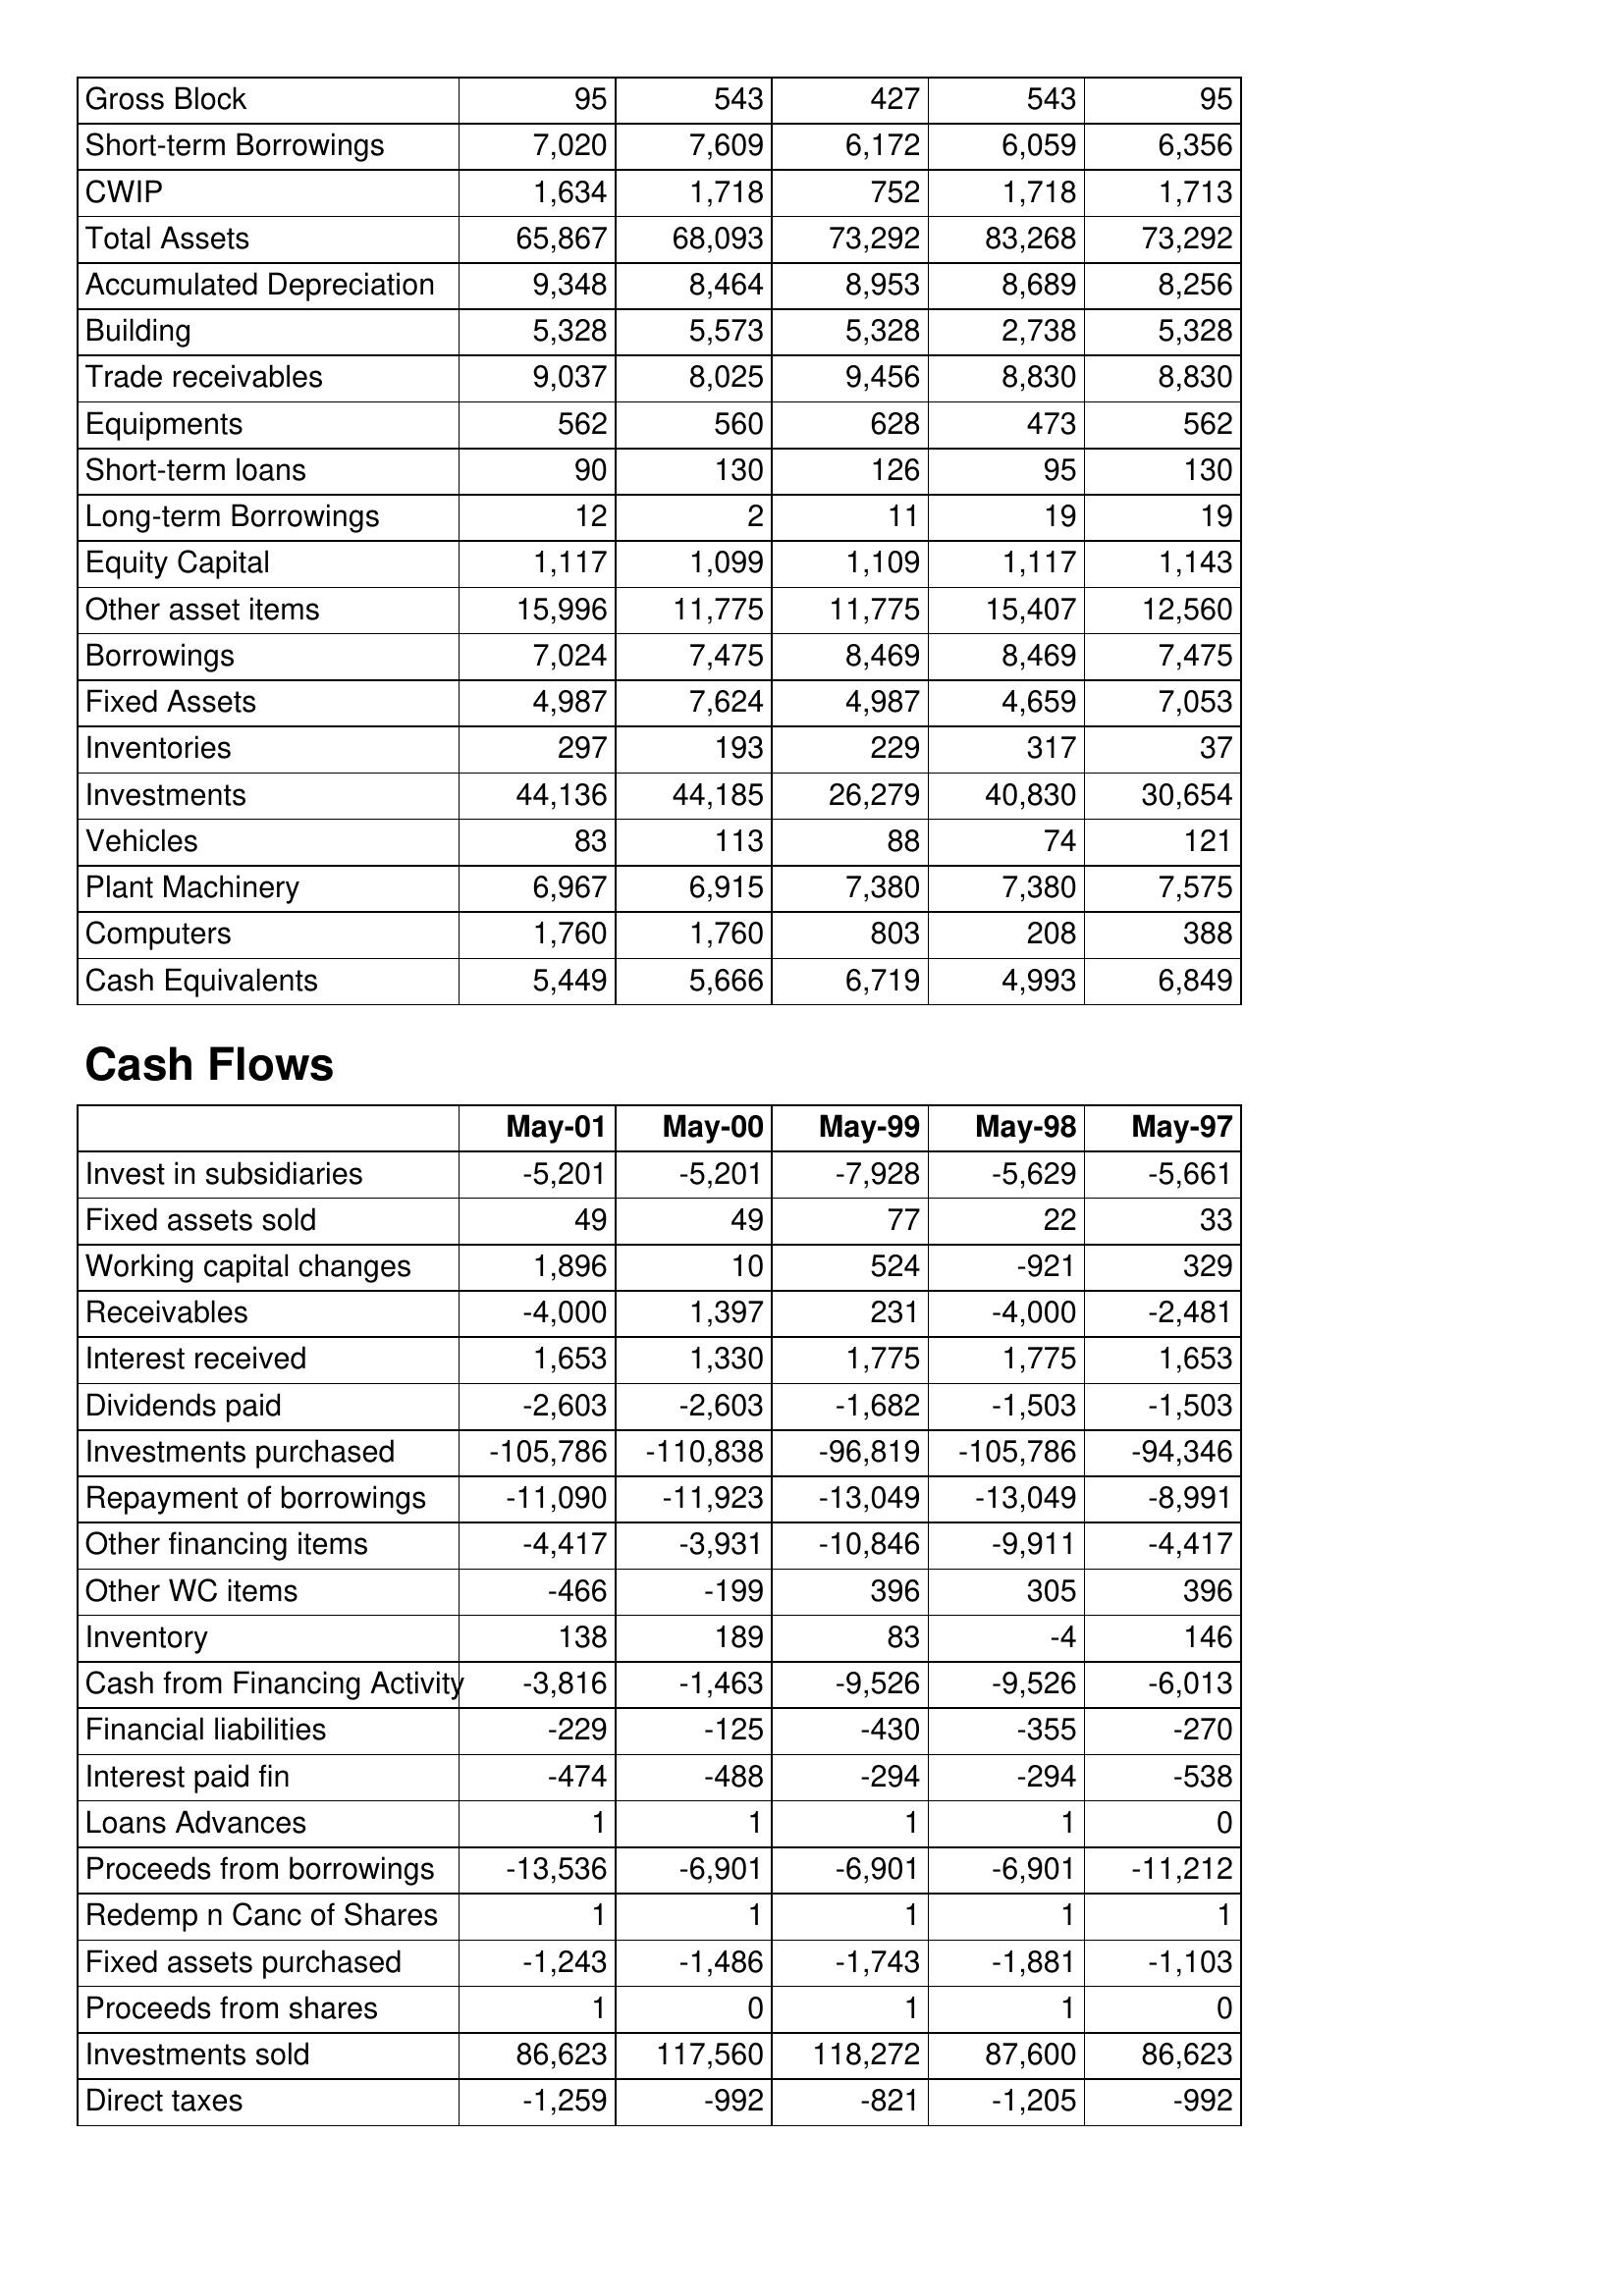
May-01: Balance Sheet: Gross Block: 95
Short-term Borrowings: 7,020
CWIP: 1,634
Total Assets: 65,867
Accumulated Depreciation: 9,348
Building: 5,328
Trade receivables: 9,037
Equipments: 562
Short-term loans: 90
Long-term Borrowings: 12
Equity Capital: 1,117
Other asset items: 15,996
Borrowings: 7,024
Fixed Assets: 4,987
Inventories: 297
Investments: 44,136
Vehicles: 83
Plant Machinery: 6,967
Computers: 1,760
Cash Equivalents: 5,449
Cash Flows: Invest in subsidiaries: -5,201
Fixed assets sold: 49
Working capital changes: 1,896
Receivables: -4,000
Interest received: 1,653
Dividends paid: -2,603
Investments purchased: -105,786
Repayment of borrowings: -11,090
Other financing items: -4,417
Other WC items: -466
Inventory: 138
Cash from Financing Activity: -3,816
Financial liabilities: -229
Interest paid fin: -474
Loans Advances: 1
Proceeds from borrowings: -13,536
Redemp n Canc of Shares: 1
Fixed assets purchased: -1,243
Proceeds from shares: 1
Investments sold: 86,623
Direct taxes: -1,259
May-00: Balance Sheet: Gross Block: 543
Short-term Borrowings: 7,609
CWIP: 1,718
Total Assets: 68,093
Accumulated Depreciation: 8,464
Building: 5,573
Trade receivables: 8,025
Equipments: 560
Short-term loans: 130
Long-term Borrowings: 2
Equity Capital: 1,099
Other asset items: 11,775
Borrowings: 7,475
Fixed Assets: 7,624
Inventories: 193
Investments: 44,185
Vehicles: 113
Plant Machinery: 6,915
Computers: 1,760
Cash Equivalents: 5,666
Cash Flows: Invest in subsidiaries: -5,201
Fixed assets sold: 49
Working capital changes: 10
Receivables: 1,397
Interest received: 1,330
Dividends paid: -2,603
Investments purchased: -110,838
Repayment of borrowings: -11,923
Other financing items: -3,931
Other WC items: -199
Inventory: 189
Cash from Financing Activity: -1,463
Financial liabilities: -125
Interest paid fin: -488
Loans Advances: 1
Proceeds from borrowings: -6,901
Redemp n Canc of Shares: 1
Fixed assets purchased: -1,486
Proceeds from shares: 0
Investments sold: 117,560
Direct taxes: -992
May-99: Balance Sheet: Gross Block: 427
Short-term Borrowings: 6,172
CWIP: 752
Total Assets: 73,292
Accumulated Depreciation: 8,953
Building: 5,328
Trade receivables: 9,456
Equipments: 628
Short-term loans: 126
Long-term Borrowings: 11
Equity Capital: 1,109
Other asset items: 11,775
Borrowings: 8,469
Fixed Assets: 4,987
Inventories: 229
Investments: 26,279
Vehicles: 88
Plant Machinery: 7,380
Computers: 803
Cash Equivalents: 6,719
Cash Flows: Invest in subsidiaries: -7,928
Fixed assets sold: 77
Working capital changes: 524
Receivables: 231
Interest received: 1,775
Dividends paid: -1,682
Investments purchased: -96,819
Repayment of borrowings: -13,049
Other financing items: -10,846
Other WC items: 396
Inventory: 83
Cash from Financing Activity: -9,526
Financial liabilities: -430
Interest paid fin: -294
Loans Advances: 1
Proceeds from borrowings: -6,901
Redemp n Canc of Shares: 1
Fixed assets purchased: -1,743
Proceeds from shares: 1
Investments sold: 118,272
Direct taxes: -821
May-98: Balance Sheet: Gross Block: 543
Short-term Borrowings: 6,059
CWIP: 1,718
Total Assets: 83,268
Accumulated Depreciation: 8,689
Building: 2,738
Trade receivables: 8,830
Equipments: 473
Short-term loans: 95
Long-term Borrowings: 19
Equity Capital: 1,117
Other asset items: 15,407
Borrowings: 8,469
Fixed Assets: 4,659
Inventories: 317
Investments: 40,830
Vehicles: 74
Plant Machinery: 7,380
Computers: 208
Cash Equivalents: 4,993
Cash Flows: Invest in subsidiaries: -5,629
Fixed assets sold: 22
Working capital changes: -921
Receivables: -4,000
Interest received: 1,775
Dividends paid: -1,503
Investments purchased: -105,786
Repayment of borrowings: -13,049
Other financing items: -9,911
Other WC items: 305
Inventory: -4
Cash from Financing Activity: -9,526
Financial liabilities: -355
Interest paid fin: -294
Loans Advances: 1
Proceeds from borrowings: -6,901
Redemp n Canc of Shares: 1
Fixed assets purchased: -1,881
Proceeds from shares: 1
Investments sold: 87,600
Direct taxes: -1,205
May-97: Balance Sheet: Gross Block: 95
Short-term Borrowings: 6,356
CWIP: 1,713
Total Assets: 73,292
Accumulated Depreciation: 8,256
Building: 5,328
Trade receivables: 8,830
Equipments: 562
Short-term loans: 130
Long-term Borrowings: 19
Equity Capital: 1,143
Other asset items: 12,560
Borrowings: 7,475
Fixed Assets: 7,053
Inventories: 37
Investments: 30,654
Vehicles: 121
Plant Machinery: 7,575
Computers: 388
Cash Equivalents: 6,849
Cash Flows: Invest in subsidiaries: -5,661
Fixed assets sold: 33
Working capital changes: 329
Receivables: -2,481
Interest received: 1,653
Dividends paid: -1,503
Investments purchased: -94,346
Repayment of borrowings: -8,991
Other financing items: -4,417
Other WC items: 396
Inventory: 146
Cash from Financing Activity: -6,013
Financial liabilities: -270
Interest paid fin: -538
Loans Advances: 0
Proceeds from borrowings: -11,212
Redemp n Canc of Shares: 1
Fixed assets purchased: -1,103
Proceeds from shares: 0
Investments sold: 86,623
Direct taxes: -992